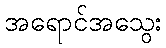
အရောင်အသွေး